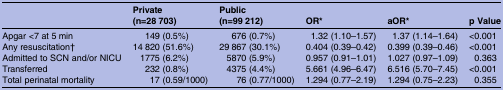
<table><thead><tr><td rowspan="2"><b> </b></td><td><b>Private</b></td><td><b>Public</b></td><td rowspan="2"><b>OR*</b></td><td rowspan="2"><b>aOR*</b></td><td rowspan="2"><b>p Value</b></td></tr><tr><td><b>(n=28 703)</b></td><td><b>(n=99 212)</b></td></tr></thead><tbody><tr><td>Apgar &lt;7 at 5 min</td><td>149 (0.5%)</td><td>676 (0.7%)</td><td>1.32 (1.10–1.57)</td><td>1.37 (1.14–1.64)</td><td>&lt;0.001</td></tr><tr><td>Any resuscitation†</td><td>14 820 (51.6%)</td><td>29 867 (30.1%)</td><td>0.404 (0.39–0.42)</td><td>0.399 (0.39–0.46)</td><td>&lt;0.001</td></tr><tr><td>Admitted to SCN and/or NICU</td><td>1775 (6.2%)</td><td>5870 (5.9%)</td><td>0.957 (0.91–1.01)</td><td>1.027 (0.97–1.09)</td><td>0.363</td></tr><tr><td>Transferred</td><td>232 (0.8%)</td><td>4375 (4.4%)</td><td>5.661 (4.96–6.47)</td><td>6.516 (5.70–7.45)</td><td>&lt;0.001</td></tr><tr><td>Total perinatal mortality</td><td>17 (0.59/1000)</td><td>76 (0.77/1000)</td><td>1.294 (0.77–2.19)</td><td>1.294 (0.75–2.23)</td><td>0.355</td></tr></tbody></table>